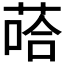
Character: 𱽶